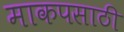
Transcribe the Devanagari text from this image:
माकपसाठी